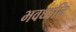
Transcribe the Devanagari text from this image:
भवध्वनि